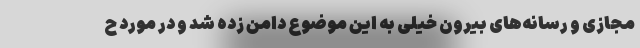
مجازی و رسانه‌های بیرون خیلی به این موضوع دامن زده شد و در مورد ح